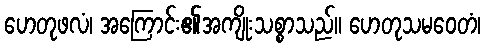
ဟေတုဖလံ၊ အကြောင်း၏အကျိုးသစ္စာသည်။ ဟေတုသမဝေတံ၊